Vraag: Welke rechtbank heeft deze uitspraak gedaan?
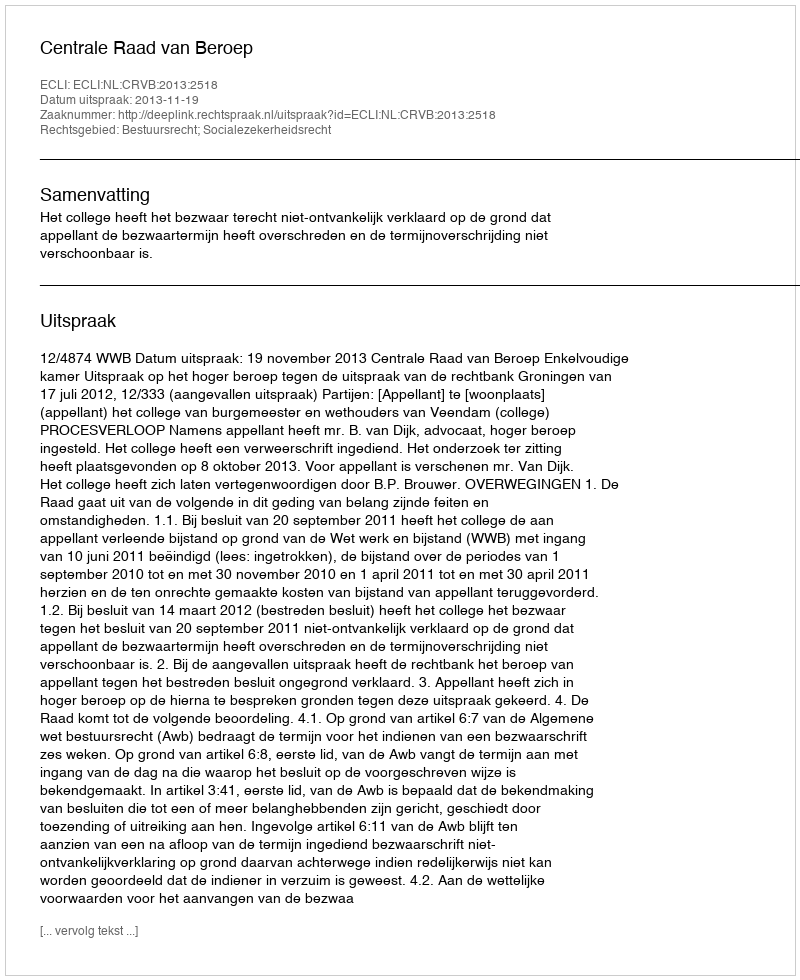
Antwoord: Centrale Raad van Beroep